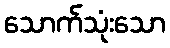
သောက်သုံးသော